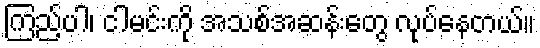
ကြည့်ပါ၊ ငါမင်းကို အသစ်အဆန်းတွေ လုပ်နေတယ်။